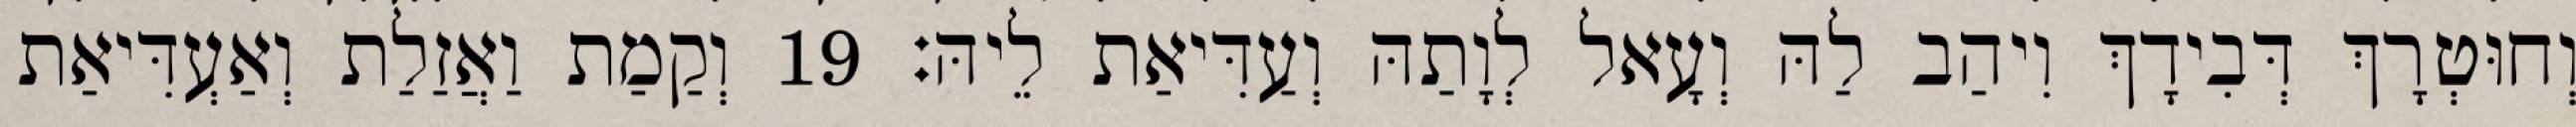
וְחוּטְרָךְ דְּבִידָךְ וִיהַב לַהּ וְעָאל לְוָתַהּ וְעַדִּיאַת לֵיהּ׃ 19 וְקַמַת וַאֲזַלַת וְאַעְדִּיאַת